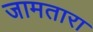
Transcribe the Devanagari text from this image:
जामतारा